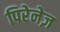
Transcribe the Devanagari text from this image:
पिरेनेज़